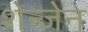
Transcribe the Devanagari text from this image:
शेन्जेन